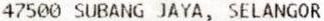
47500 SUBANG JAYA, SELANGOR